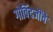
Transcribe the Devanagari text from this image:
गोविंदजींचे